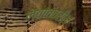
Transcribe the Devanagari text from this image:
लेवांतवरील